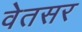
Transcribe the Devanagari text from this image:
वेतसर